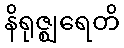
နိရုဇ္ဈရေတိ